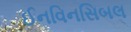
ઈનવિનસિબલ